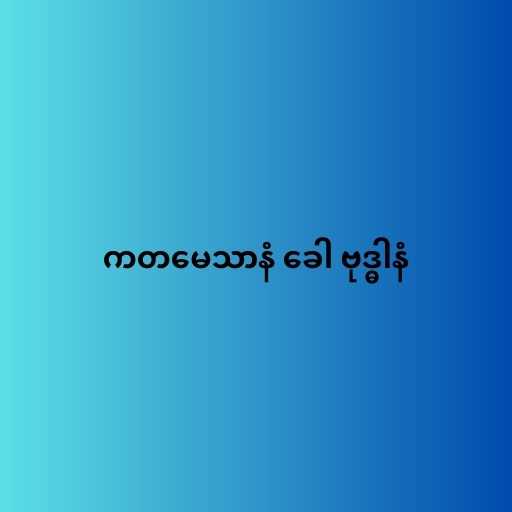
ကတမေသာနံ ခေါ ဗုဒ္ဓါနံ